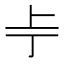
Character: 𫠢